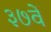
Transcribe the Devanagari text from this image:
३७वें